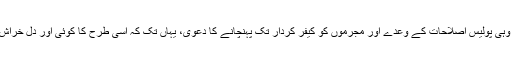
عوام کا غم و غصہ ٹھنڈا کرنے کے لیے وہی پولیس اصلاحات کے وعدے اور مجرموں کو کیفر کردار تک پہنچانے کا دعویٰ، یہاں تک کہ اسی طرح کا کوئی اور دل خراش واقعہ میڈیا کی توجہ کا مرکز بن جائے۔